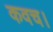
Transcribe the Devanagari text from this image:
कवच।